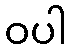
ဝပါ